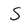
Character: S